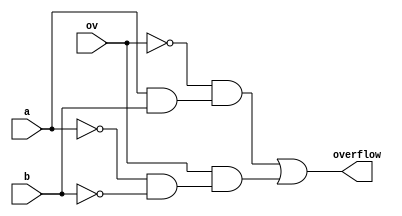
module overflowCalc(ov, a, b, overflow);
input ov, a, b;
output overflow;


wire equal, ov1, ov2, ov3, ov4, ov_not, a_not, b_not;
not not1(a_not, a);
not not2(b_not, b);
not not3(ov_not, ov);

and and1(ov1, a, b);
and and2(ov2, a_not, b_not) ;

and and3(ov3, ov_not, ov1);
and and4(ov4, ov, ov2);
or(overflow, ov3, ov4);

endmodule